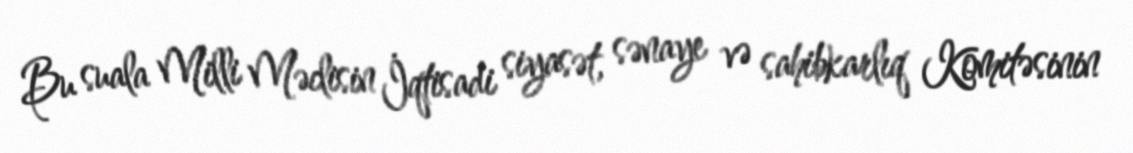
Bu suala Milli Məclisin İqtisadi siyasət, sənaye və sahibkarlıq Komitəsinin